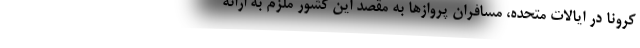
کرونا در ایالات متحده، مسافران پروازها به مقصد این کشور ملزم به ارائه